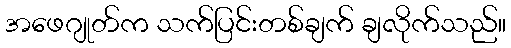
အဖေဂျုတ်က သက်ပြင်းတစ်ချက် ချလိုက်သည်။